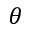
\theta